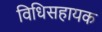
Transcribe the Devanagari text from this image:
विधिसहायक